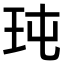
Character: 𤤀